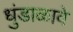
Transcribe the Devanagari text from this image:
धुंडाळावे